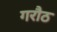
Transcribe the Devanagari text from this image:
गरौठ